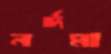
নর্দমা